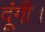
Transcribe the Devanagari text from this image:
दूंगी।